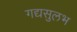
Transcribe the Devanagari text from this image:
गद्यसुलभ